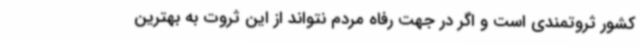
کشور ثروتمندی است و اگر در جهت رفاه مردم نتواند از این ثروت به بهترین